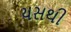
યસથી